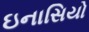
ઇનાસિયો